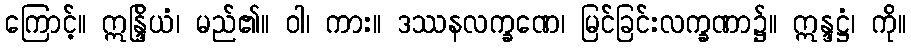
ကြောင့်။ ဣန္ဒြိယံ၊ မည်၏။ ဝါ၊ ကား။ ဒဿနလက္ခဏေ၊ မြင်ခြင်းလက္ခဏာ၌။ ဣန္ဒဋ္ဌံ၊ ကို။